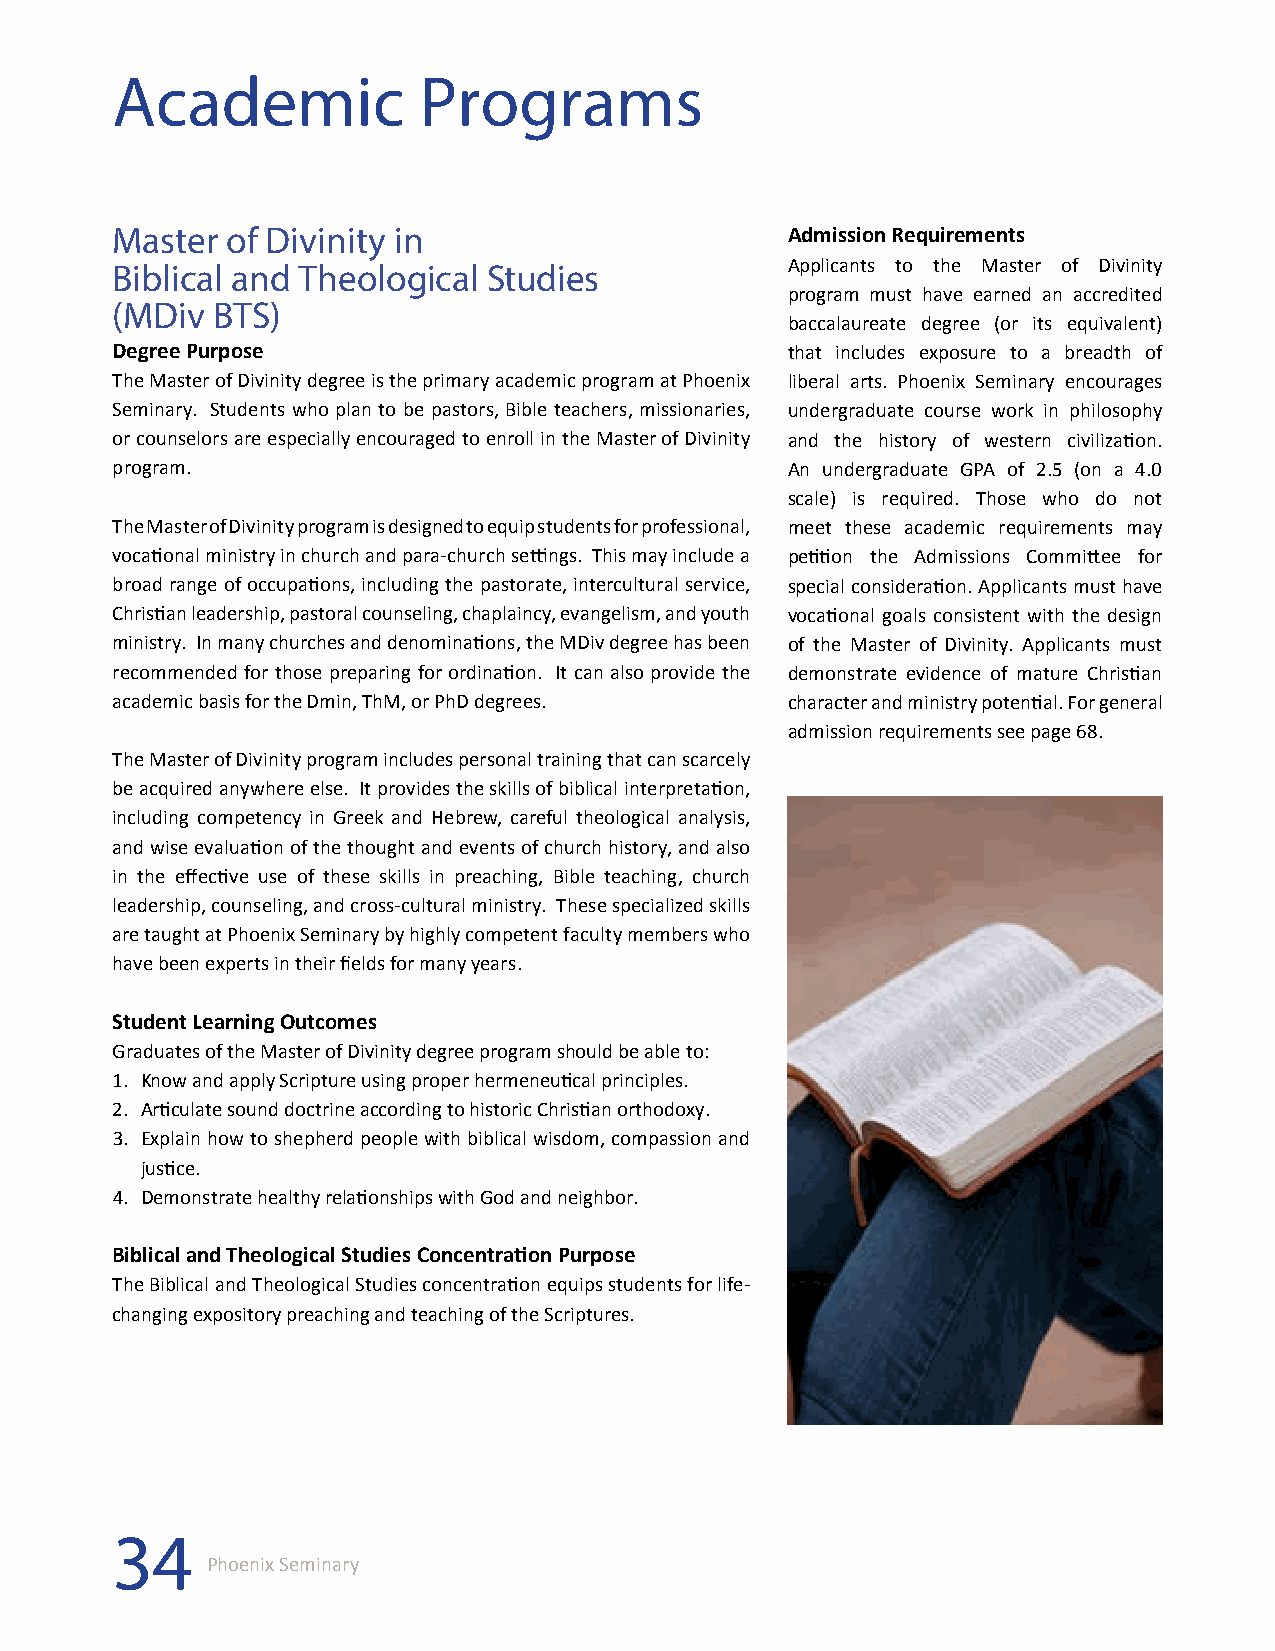
Academic             Programs
 Master  of Divinity in                       Admission Requirements
 Biblical and Theological Studies             Applicants to the Master of Divinity
 program must have earned an accredited
 (MDiv  BTS)
 baccalaureate degree (or its equivalent)
 Degree Purpose                               that includes exposure to a breadth of
 The Master of Divinity degree is the primary academic program at Phoenix liberal arts. Phoenix Seminary encourages
 Seminary. Students who plan to be pastors, Bible teachers, missionaries, undergraduate course work in philosophy
 or counselors are especially encouraged to enroll in the Master of Divinity and the history of western civilization.
 program.                                     An undergraduate GPA of 2.5 (on a 4.0
 scale) is required. Those who do not
 The Master of Divinity program is designed to equip students for professional, meet these academic requirements may
 vocational ministry in church and para-church settings. This may include a petition the Admissions Committee for
 broad range of occupations, including the pastorate, intercultural service, special consideration. Applicants must have
 Christian leadership, pastoral counseling, chaplaincy, evangelism, and youth vocational goals consistent with the design
 ministry. In many churches and denominations, the MDiv degree has been of the Master of Divinity. Applicants must
 recommended for those preparing for ordination. It can also provide the demonstrate evidence of mature Christian
 academic basis for the Dmin, ThM, or PhD degrees. character and ministry potential. For general
 admission requirements see page 68.
 The Master of Divinity program includes personal training that can scarcely
 be acquired anywhere else. It provides the skills of biblical interpretation,
 including competency in Greek and Hebrew, careful theological analysis,
 and wise evaluation of the thought and events of church history, and also
 in the effective use of these skills in preaching, Bible teaching, church
 leadership, counseling, and cross-cultural ministry. These specialized skills
 are taught at Phoenix Seminary by highly competent faculty members who
 have been experts in their fields for many years.
 Student Learning Outcomes
 Graduates of the Master of Divinity degree program should be able to:
 1. Know and apply Scripture using proper hermeneutical principles.
 2. Articulate sound doctrine according to historic Christian orthodoxy.
 3. Explain how to shepherd people with biblical wisdom, compassion and
 justice.
 4. Demonstrate healthy relationships with God and neighbor.
 Biblical and Theological Studies Concentration Purpose
 The Biblical and Theological Studies concentration equips students for life-
 changing expository preaching and teaching of the Scriptures.
 34
 Phoenix Seminary